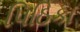
પિઠિકા